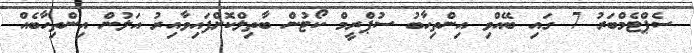
ސެޕްޓެމްބަރު 7 ގައި ބޭއްވި އިންތިހާބު ސުޕްރީމް ކޯޓުން ބާތިލްކޮށްފައިވާއިރު އަލުން އިންތިހާބެއް